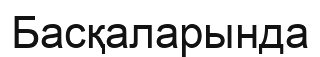
Басқаларында